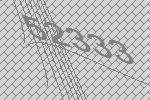
52333